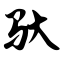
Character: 驮